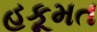
હકૂમત